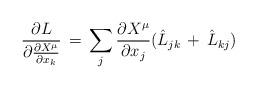
LaTeX: \begin{align*}\frac{\partial L}{\partial \frac{\partial X^\mu}{\partial x_k}}\,=\,\sum_j\frac{\partial X^\mu}{\partial x_j}(\hat L_{jk}\,+\,\hat L_{kj})\end{align*}